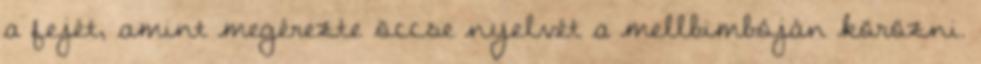
a fejét, amint megérezte öccse nyelvét a mellbimbóján körözni.